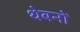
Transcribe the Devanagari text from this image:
थेबनों